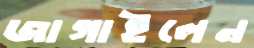
জাগাইলেন